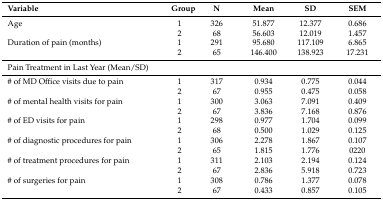
<table><thead><tr><td><b>Variable</b></td><td><b>Group</b></td><td><b>N</b></td><td><b>Mean</b></td><td><b>SD</b></td><td><b>SEM</b></td></tr></thead><tbody><tr><td>Age</td><td>1</td><td>326</td><td>51.877</td><td>12.377</td><td>0.686</td></tr><tr><td></td><td>2</td><td>68</td><td>56.603</td><td>12.019</td><td>1.457</td></tr><tr><td>Duration of pain (months)</td><td>1</td><td>291</td><td>95.680</td><td>117.109</td><td>6.865</td></tr><tr><td></td><td>2</td><td>65</td><td>146.400</td><td>138.923</td><td>17.231</td></tr><tr><td>Pain Treatment in Last Year (Mean/SD)</td><td></td><td></td><td></td><td></td><td></td></tr><tr><td># of MD Office visits due to pain</td><td>1</td><td>317</td><td>0.934</td><td>0.775</td><td>0.044</td></tr><tr><td></td><td>2</td><td>67</td><td>0.955</td><td>0.475</td><td>0.058</td></tr><tr><td># of mental health visits for pain</td><td>1</td><td>300</td><td>3.063</td><td>7.091</td><td>0.409</td></tr><tr><td></td><td>2</td><td>67</td><td>3.836</td><td>7.168</td><td>0.876</td></tr><tr><td># of ED visits for pain</td><td>1</td><td>298</td><td>0.977</td><td>1.704</td><td>0.099</td></tr><tr><td></td><td>2</td><td>68</td><td>0.500</td><td>1.029</td><td>0.125</td></tr><tr><td># of diagnostic procedures for pain</td><td>1</td><td>306</td><td>2.278</td><td>1.867</td><td>0.107</td></tr><tr><td></td><td>2</td><td>65</td><td>1.815</td><td>1.776</td><td>0220</td></tr><tr><td># of treatment procedures for pain</td><td>1</td><td>311</td><td>2.103</td><td>2.194</td><td>0.124</td></tr><tr><td></td><td>2</td><td>67</td><td>2.836</td><td>5.918</td><td>0.723</td></tr><tr><td># of surgeries for pain</td><td>1</td><td>308</td><td>0.786</td><td>1.377</td><td>0.078</td></tr><tr><td></td><td>2</td><td>67</td><td>0.433</td><td>0.857</td><td>0.105</td></tr></tbody></table>